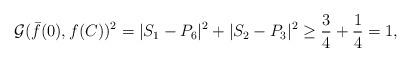
LaTeX: \begin{align*} \mathcal{G}(\bar{f}(0),f(C))^2=|S_1-P_6|^2+|S_2-P_3|^2\geq \frac{3}{4}+\frac{1}{4}=1,\end{align*}